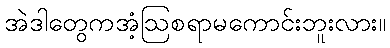
အဲဒါတွေကအံ့ဩစရာမကောင်းဘူးလား။